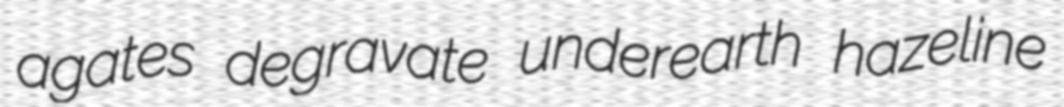
agates degravate underearth hazeline